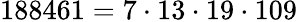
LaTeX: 188461=7\cdot 13\cdot 19\cdot 109